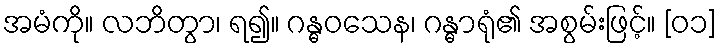
အမံကို။ လဘိတွာ၊ ရ၍။ ဂန္ဓဝသေန၊ ဂန္ဓာရုံ၏ အစွမ်းဖြင့်။ [၀၁]